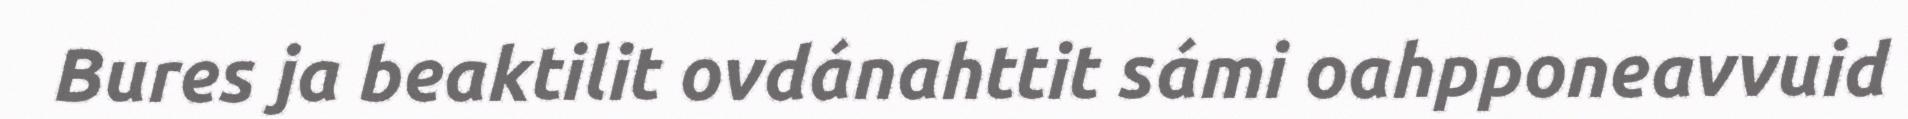
Bures ja beaktilit ovdánahttit sámi oahpponeavvuid